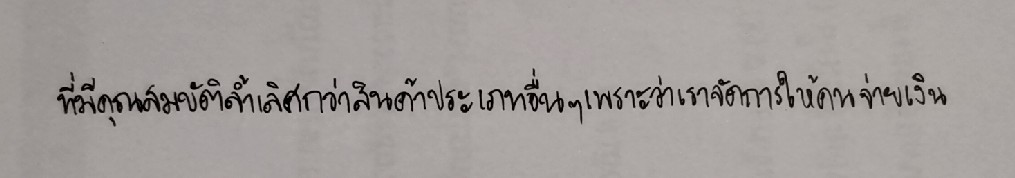
ที่มีคุณสมบัติล้ำเลิศกว่าสินค้าประเภทอื่นๆเพราะว่าเราจัดการให้คนจ่ายเงิน